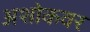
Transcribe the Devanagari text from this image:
अशोकवर